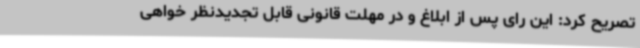
تصریح کرد: این رای پس از ابلاغ و در مهلت قانونی قابل تجدیدنظر خواهی